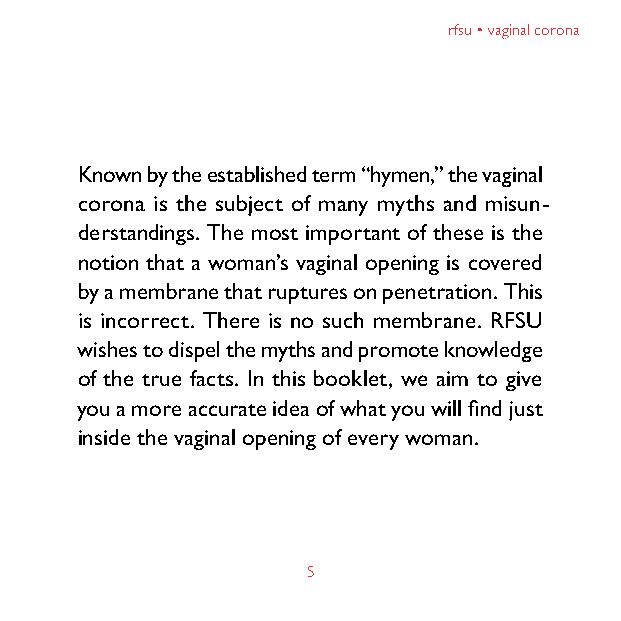
rfsu • vaginal corona
 Known by the established term “hymen,” the vaginal
 corona is the subject of many myths and misun-
 derstandings. The most important of these is the
 notion that a woman’s vaginal opening is covered
 by a membrane that ruptures on penetration. This
 is incorrect. There is no such membrane. RFSU
 wishes to dispel the myths and promote knowledge
 of the true facts. In this booklet, we aim to give
 you a more accurate idea of what you will find just
 inside the vaginal opening of every woman.
 5